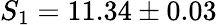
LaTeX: S_{1}=11.34\pm 0.03